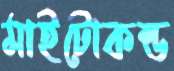
মাইটোকন্ড